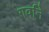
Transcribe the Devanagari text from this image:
गर्वाने